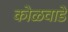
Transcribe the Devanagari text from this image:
कोळवाडे